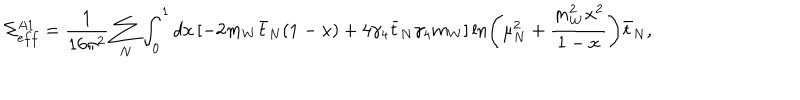
\Sigma _ { e f f } ^ { A 1 } = \frac { 1 } { 1 6 \pi ^ { 2 } } \sum _ { N } \int _ { 0 } ^ { 1 } d x \left[ - 2 m _ { W } \bar { t } _ { N } ( 1 - x ) + 4 \gamma _ { 4 } \bar { t } _ { N } \gamma _ { 4 } m _ { W } \right] \ln \left( \mu _ { N } ^ { 2 } + \frac { m _ { W } ^ { 2 } x ^ { 2 } } { 1 - x } \right) \bar { t } _ { N } ,